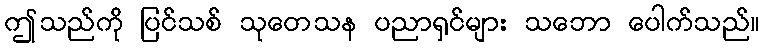
ဤသည်ကို ပြင်သစ် သုတေသန ပညာရှင်များ သဘော ပေါက်သည်။